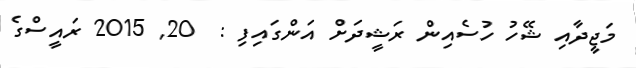
މަޖީދާއި ޝޭހު ހުސެއިން ރަޝީދަށް އަންގައިފި :  20